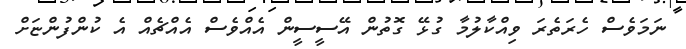
ނަމަވެސް ހެރަތެރަ ވިއްކާލުމާ ގުޅޭ ގޮތުން އޭސީސީން އެއްވެސް އެއްޗެއް އެ ކުންފުންޏަށް